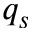
q _ { s }